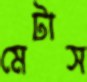
মেটাস